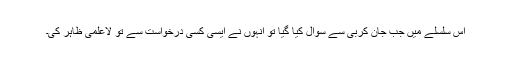
اِس سلسلے میں جب جان کربی سے سوال کیا گیا تو انہوں نے ایسی کسی درخواست سے تو لاعلمی ظاہر کی۔